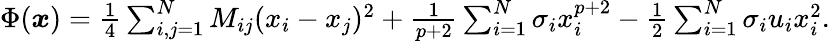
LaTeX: \begin{array}{r}{\Phi({\boldsymbol x})=\frac{1}{4}\sum_{i,j=1}^{N}M_{ij}(x_{i}-x_{j})^{2}+\frac{1}{p+2}\sum_{i=1}^{N}\sigma_{i}x_{i}^{p+2}-\frac{1}{2}\sum_{i=1}^{N}\sigma_{i}u_{i}x_{i}^{2}.}\end{array}